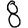
Digit: 8